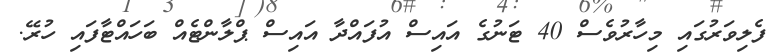
ފެލިވަރުގައި މިހާރުވެސް 40 ޓަނުގެ އައިސް އުފައްދާ އައިސް ޕްލާންޓެއް ބަހައްޓާފައި ހުރޭ.